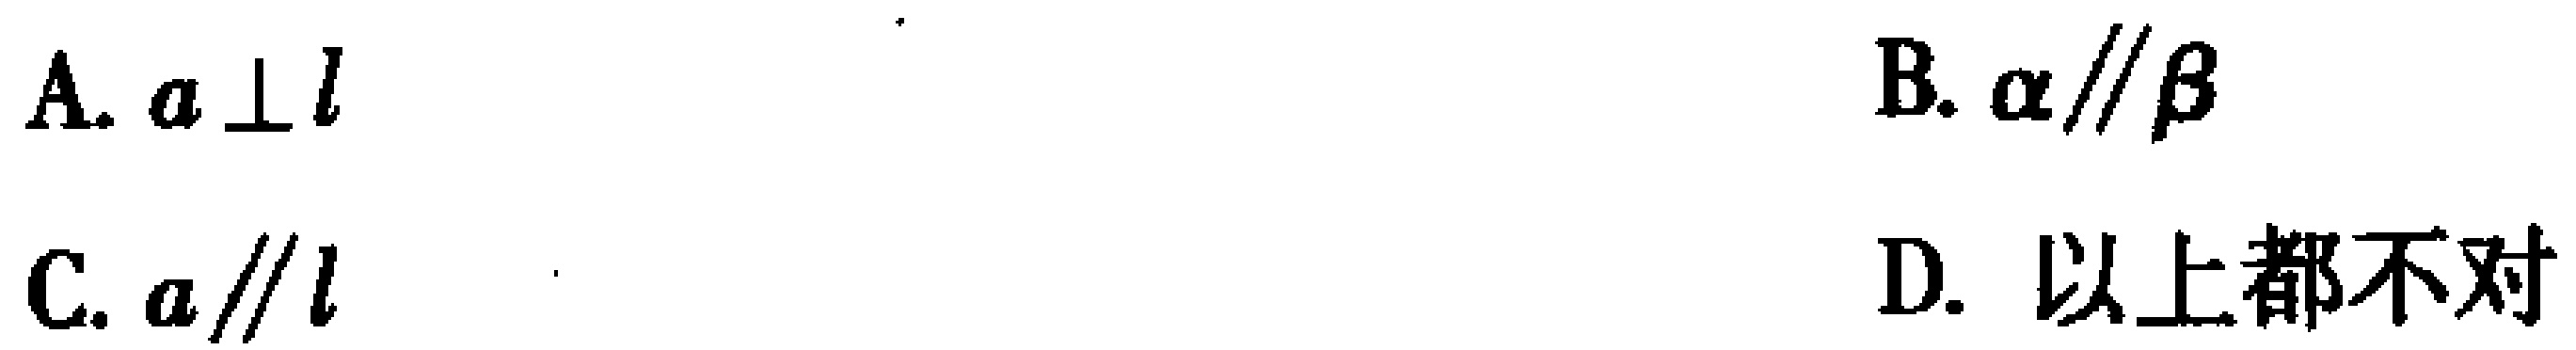
A. $a\perp l$
B. $\alpha\parallel\beta$
C. $a\parallel l$
D. 以上都不对